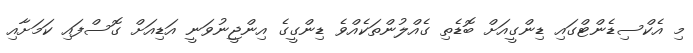
މި އެކްސިޑެންޓްގައި ޑިންގީއަށް ބޮޑެތި ގެއްލުންތަކެއްވެ ޑިންގީގެ އިންޖީނުވަނީ އަޑިއަށް ގޮސްފައި ކަމަށާއި